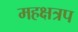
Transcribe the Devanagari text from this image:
महक्षत्रप